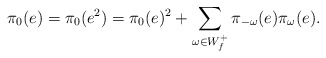
\begin{align*} \pi_0(e) = \pi_0(e^2) = \pi_0(e)^2 + \sum_{\omega\in W_f^+} \pi_{-\omega}(e)\pi_{\omega}(e) . \end{align*}